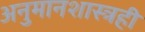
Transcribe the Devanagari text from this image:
अनुमानशास्त्रही